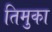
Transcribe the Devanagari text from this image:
तिमुका